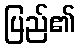
ပြည်၏